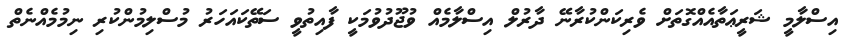
އިސްލާމީ ޝަރީޢަތާއެއްގޮތަށް ވެރިކަންކުރާނޭ ދާރުލް އިސްލާމެއް ވުޖޫދުވުމަކީ ފާއިތުވީ ސަތޭކައަހަރު މުސްލިމުންކުރި ނިމުމެއްނެތް